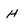
Character: h